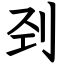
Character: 刭